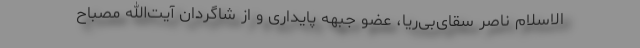
الاسلام ناصر سقای‌بی‌ریا، عضو جبهه پایداری و از شاگردان آیت‌الله مصباح